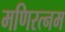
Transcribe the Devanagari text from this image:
मणिरत्‍नम